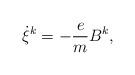
LaTeX: \begin{align*}\dot{\xi}^k = -\frac{e}{m}B^k,\end{align*}